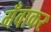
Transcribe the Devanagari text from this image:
गँवाकर